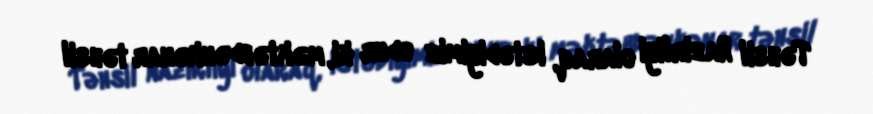
Təhsil Nazirliyi olaraq, istədiyimiz odur ki, məktəbdənkənar təhsil